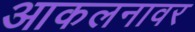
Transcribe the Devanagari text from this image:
आकलनावर